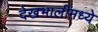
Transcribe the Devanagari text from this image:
देखभालीमध्ये